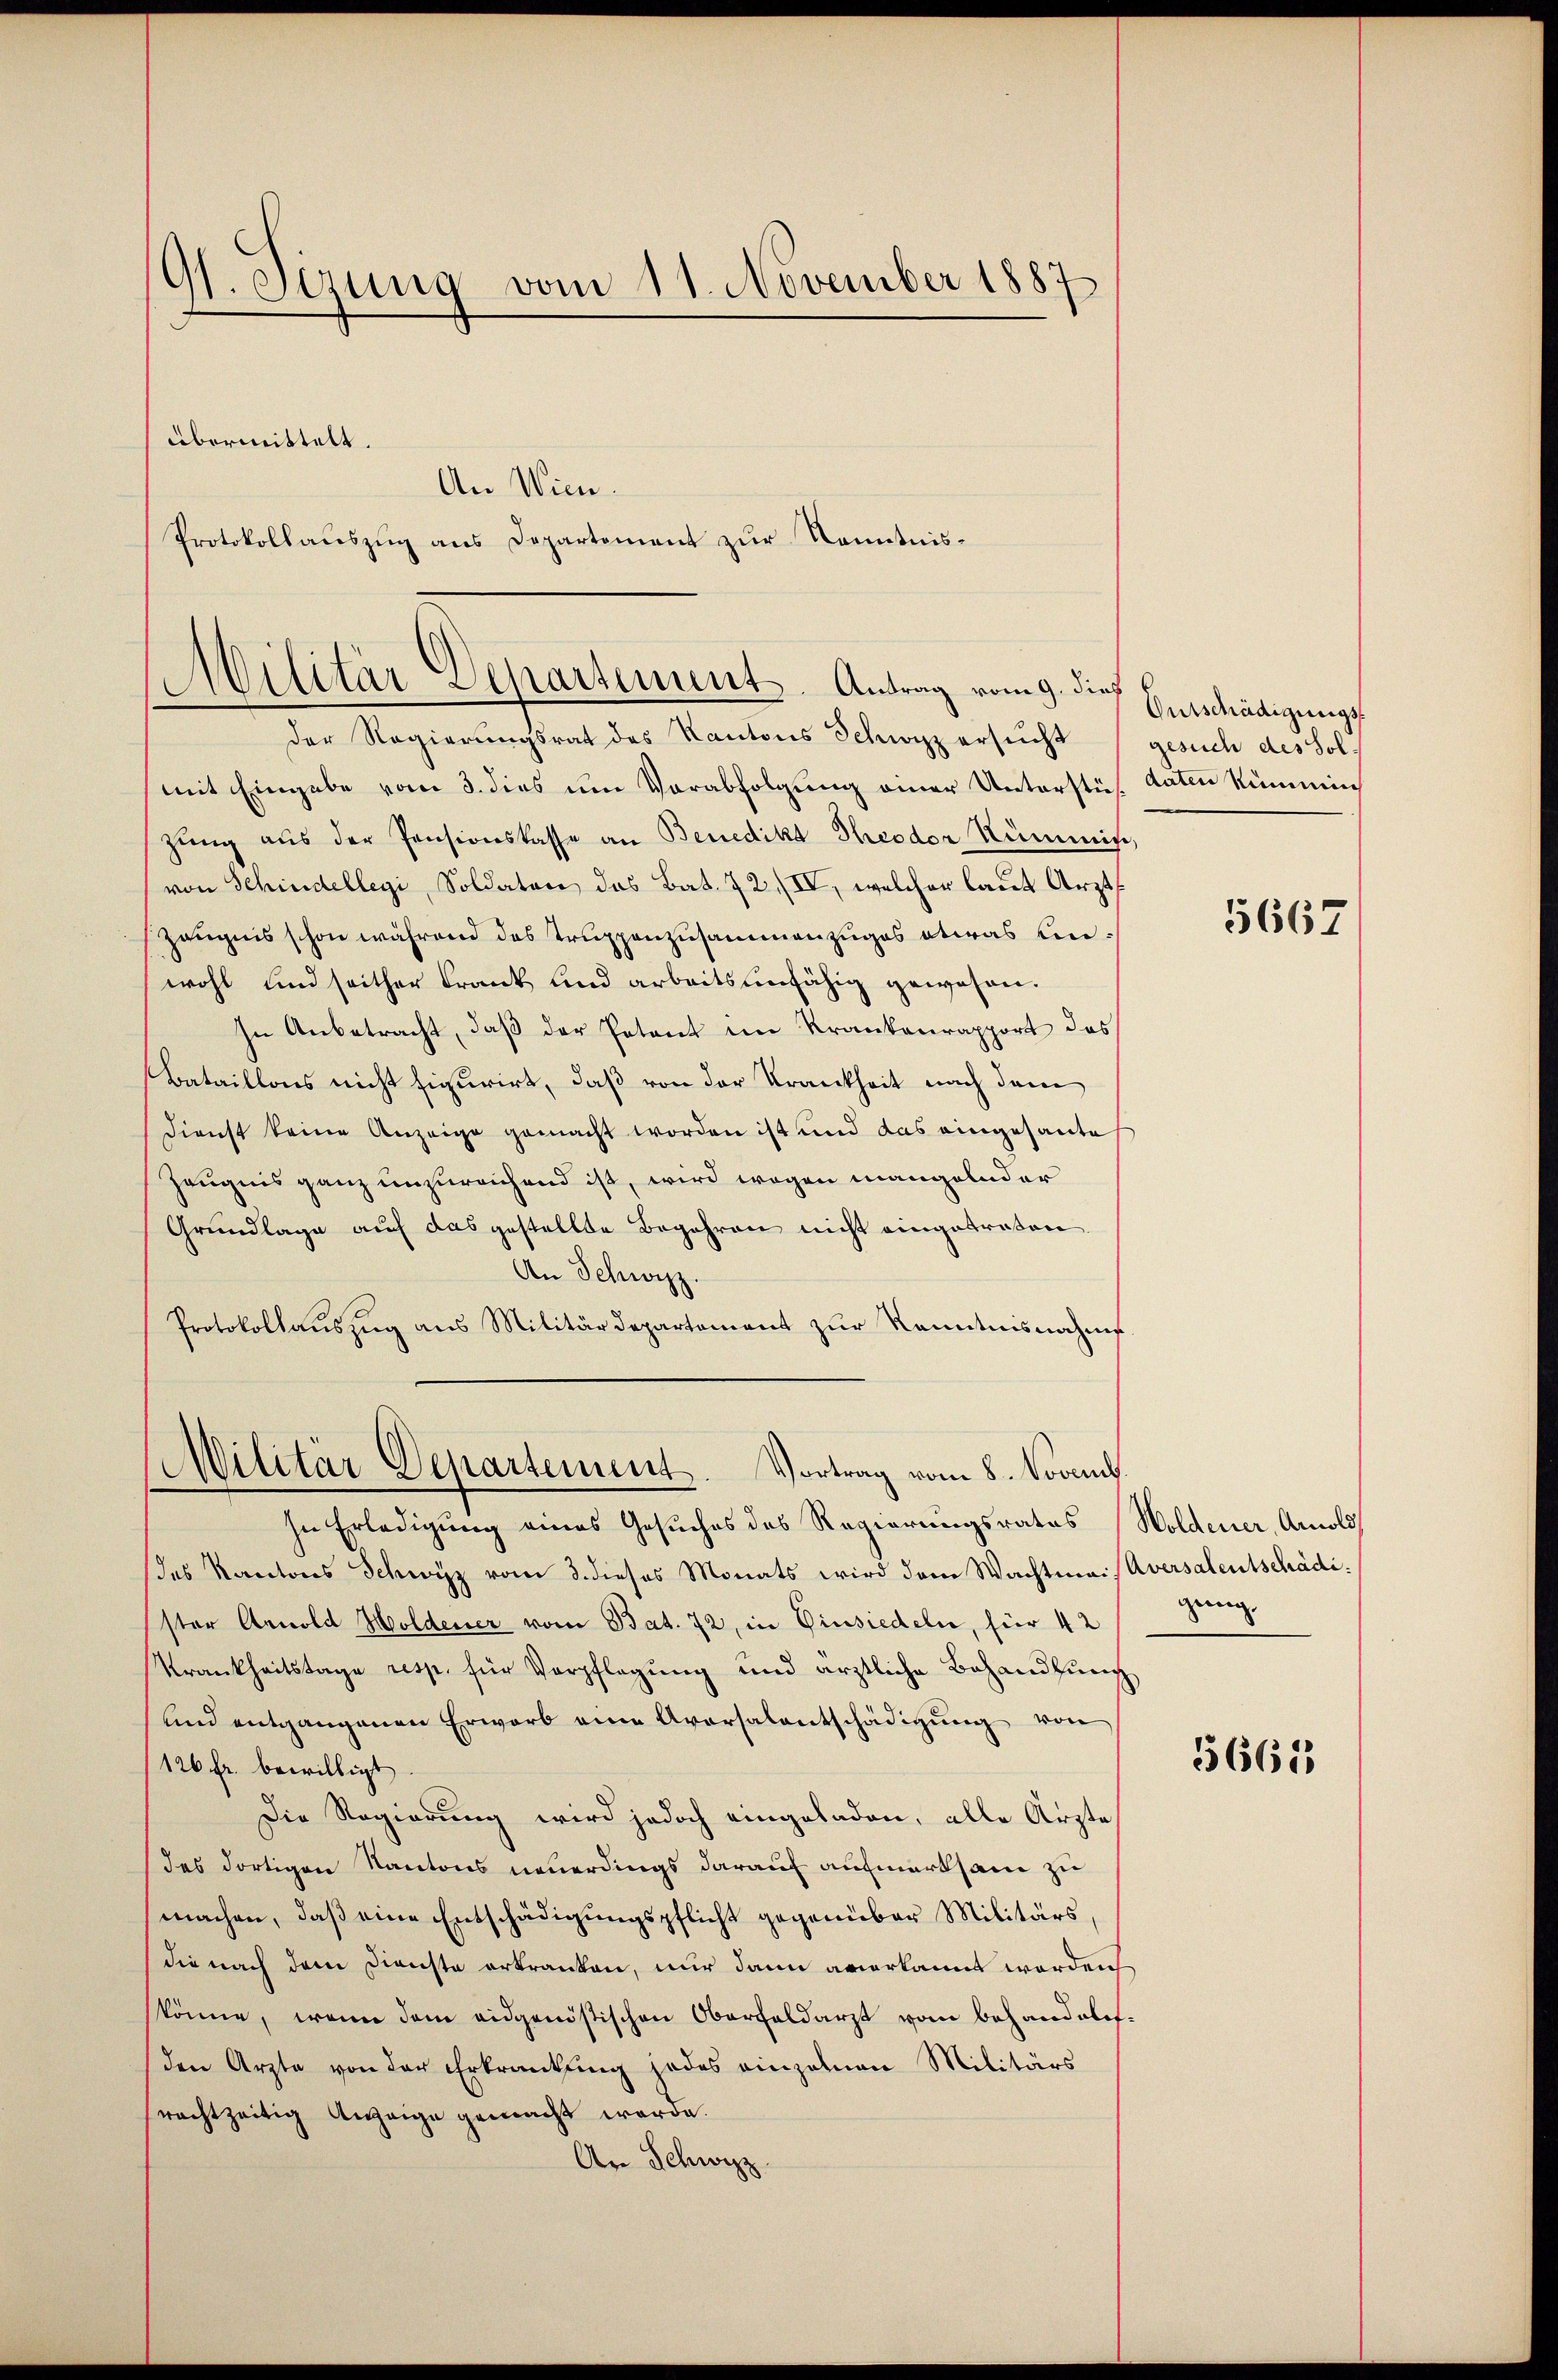
9t. Sizung vom 11. November 1887

übermittelt.
An Wien.
Protokollauszug aus Departement zur Kenntnis¬

Militär Departement. Antrag vom 9. dieß

Der Regierungsrat des Kantons Schwyz ersucht
mit Eingabe vom 3. dies um Verabfolgung einer Unterstes daten Rümmin
zung aus der Pensionskasse an Benedikt Theodor Kümmin,
von Schindellegi, Soldaten das Bat. 72, IV, welcher laut Arzt
Zeugnis schon während das Truppenzusammenzuges etwas einwohl und seither Frank und arbeitsunfähig gewesen.
In Anbetracht, daß der Petent im Krankenrapport des
Bataillons nicht figurirt, daß von der Krankheit nach dem
Dienst keine Anzeige gemacht worden ist und das eingesantes
Zeugnis ganz unzureichend ist, wird wegen mangelnder
Grundlage auf das gestellte Begehren nicht eingetraten
An Schwyz.
Protokollauszug aus Militärdepartement zur Kenntnisnahme
In Erledigung eines Gesuches des Regierungsrates
des Kantons Schwyz vom 3. dieses Monats wird dem Wachtmais Aversalentschädister Arnold Holdener vom Bat. 72, in Einsiedeln, für 42
Krankheitstage resp. für Verpflegung und ärztliche Behandlung
und entgangenen Erwarb eine Aversalentschädigung von
126 fr. bewilligt
Die Regierung wird jedoch eingeladen, alle Ärzte
des dortigen Kantons neuerdings darauf aufmerksam zu
machen, daß eine Entschädigungspflicht gegenüber Militärs,
die nach dem Dienste erkranken, nur dann anerkannt worden
könne, wenn dem eidgenößischen Oberfeldarzt vom behandelsden Arzte von der Erkrankung jedes einzelnen Militärs
rachtzeitig Anzeige gemacht werde.
An Schwyz

Militär Departement. Vortrag vom 8. Novemb

Outschädigungsgesuch des Sol.

5667

Woldener, Arnold
genug.

5665